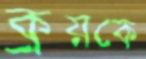
ক্রয়কে